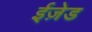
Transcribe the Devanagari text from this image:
ईज़ेड